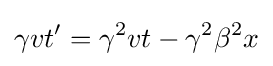
\gamma vt'=\gamma ^{2}vt-\gamma ^{2}\beta ^{2}x